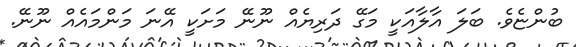
ބުންޏެވެ. ބަލަ އާލާއަކީ މަގޭ ދަރިޔެއް ނޫނޭ މަށަކީ އޭނަ މަންމައެއް ނޫނޭ.